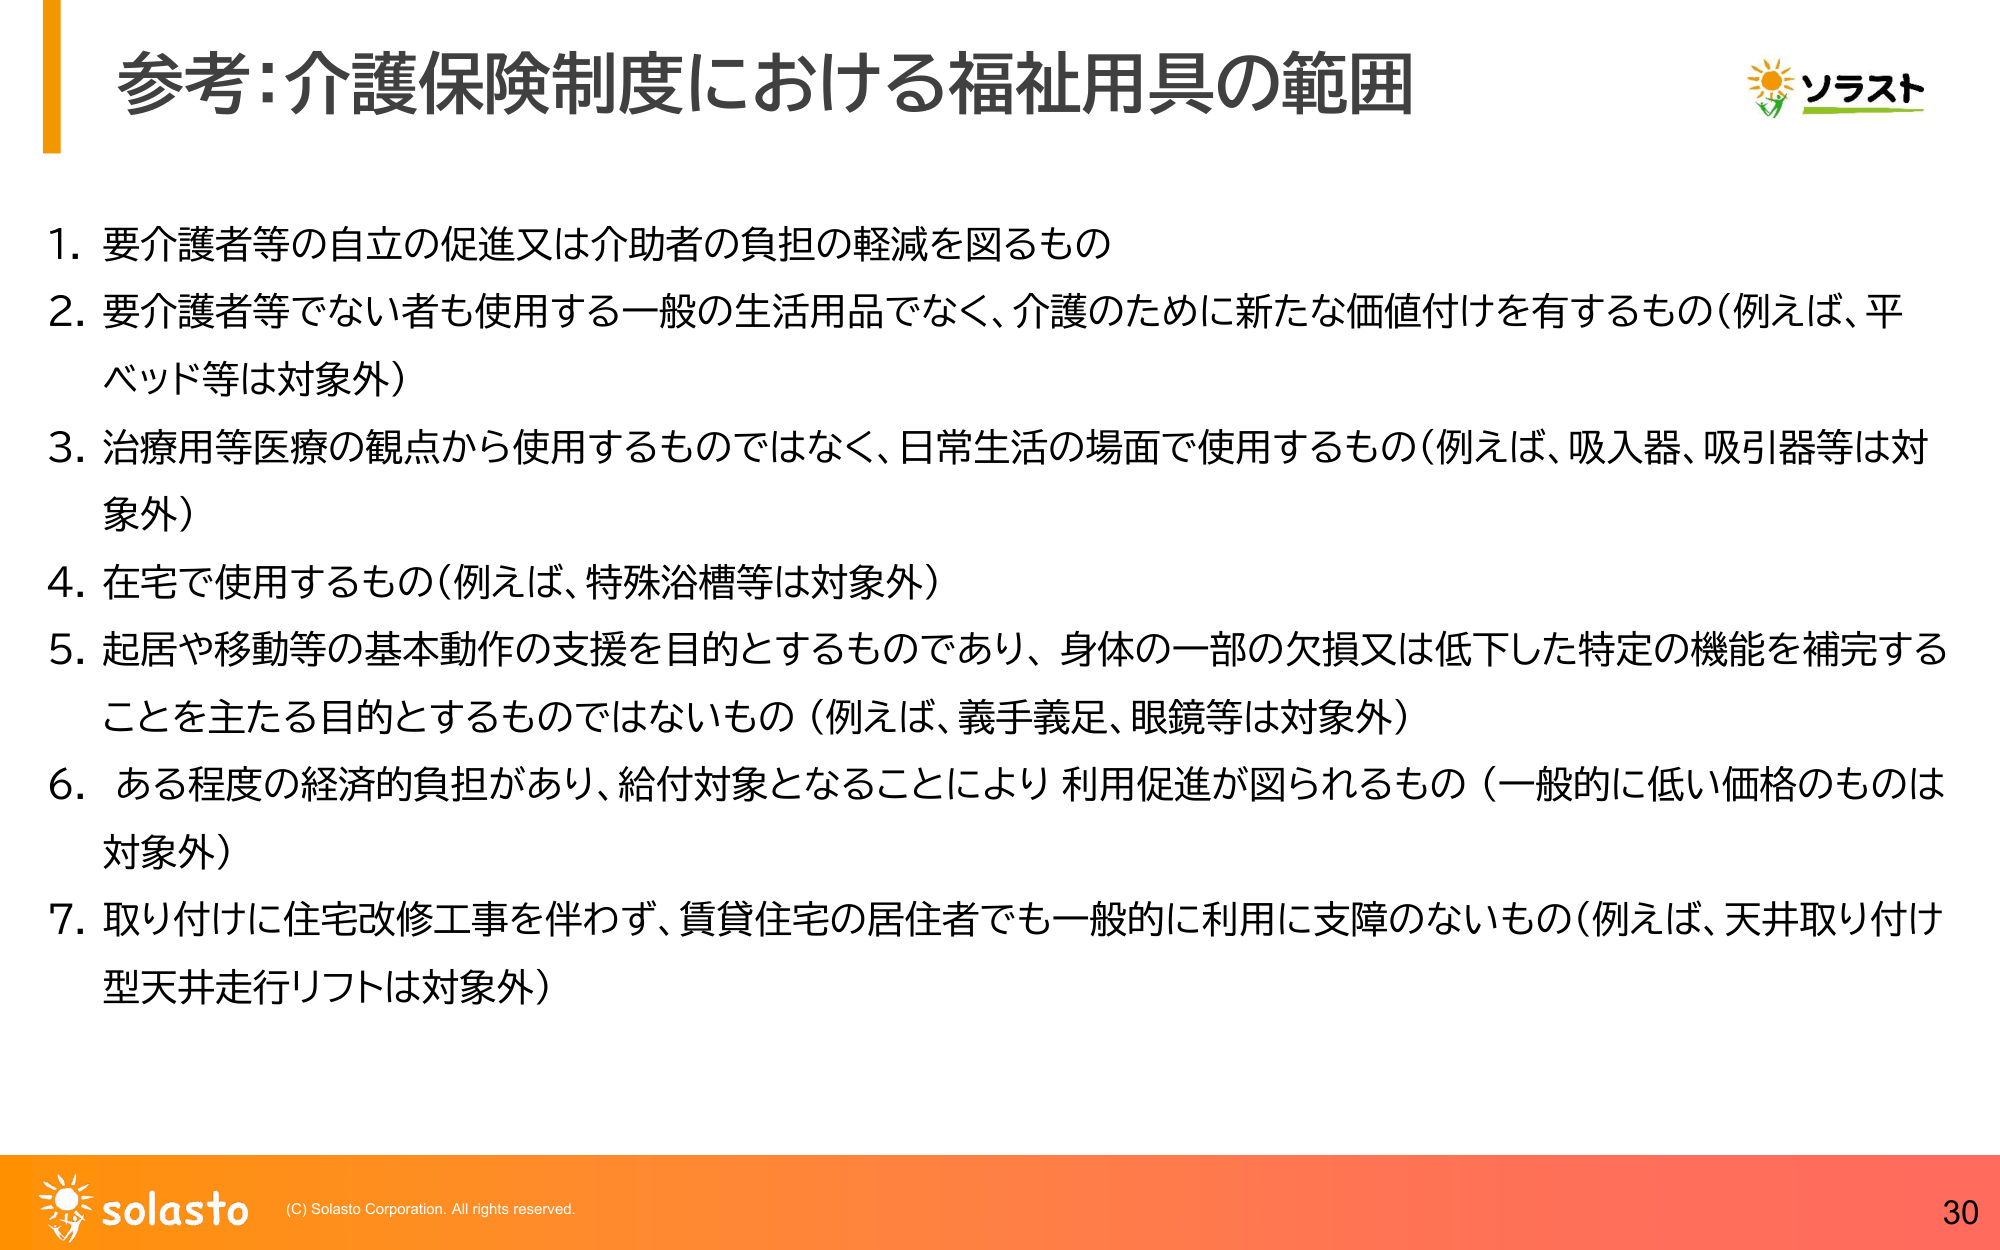
参考:介護保険制度における福祉用具の範囲

1. 要介護者等の自立の促進又は介助者の負担の軽減を図るもの
2. 要介護者等でない者も使用する一般の生活用品でなく、介護のために新たな価値付けを有するもの（例えば、平ベッド等は対象外）
3. 治療用等医療の観点から使用するものではなく、日常生活の場面で使用するもの（例えば、吸入器、吸引器等は対象外）
4. 在宅で使用するもの（例えば、特殊浴槽等は対象外）
5. 起居や移動等の基本動作の支援を目的とするものであり、身体の一部の欠損又は低下した特定の機能を補完することを主たる目的とするものではないもの（例えば、義手義足、眼鏡等は対象外）
6. ある程度の経済的負担があり、給付対象となることにより利用促進が図られるもの（一般的に低い価格のものは対象外）
7. 取り付けに住宅改修工事を伴わず、賃貸住宅の居住者でも一般的に利用に支障のないもの（例えば、天井取り付け型天井走行リフトは対象外）

ソラスト
solasto (C) Solasto Corporation. All rights reserved.
30